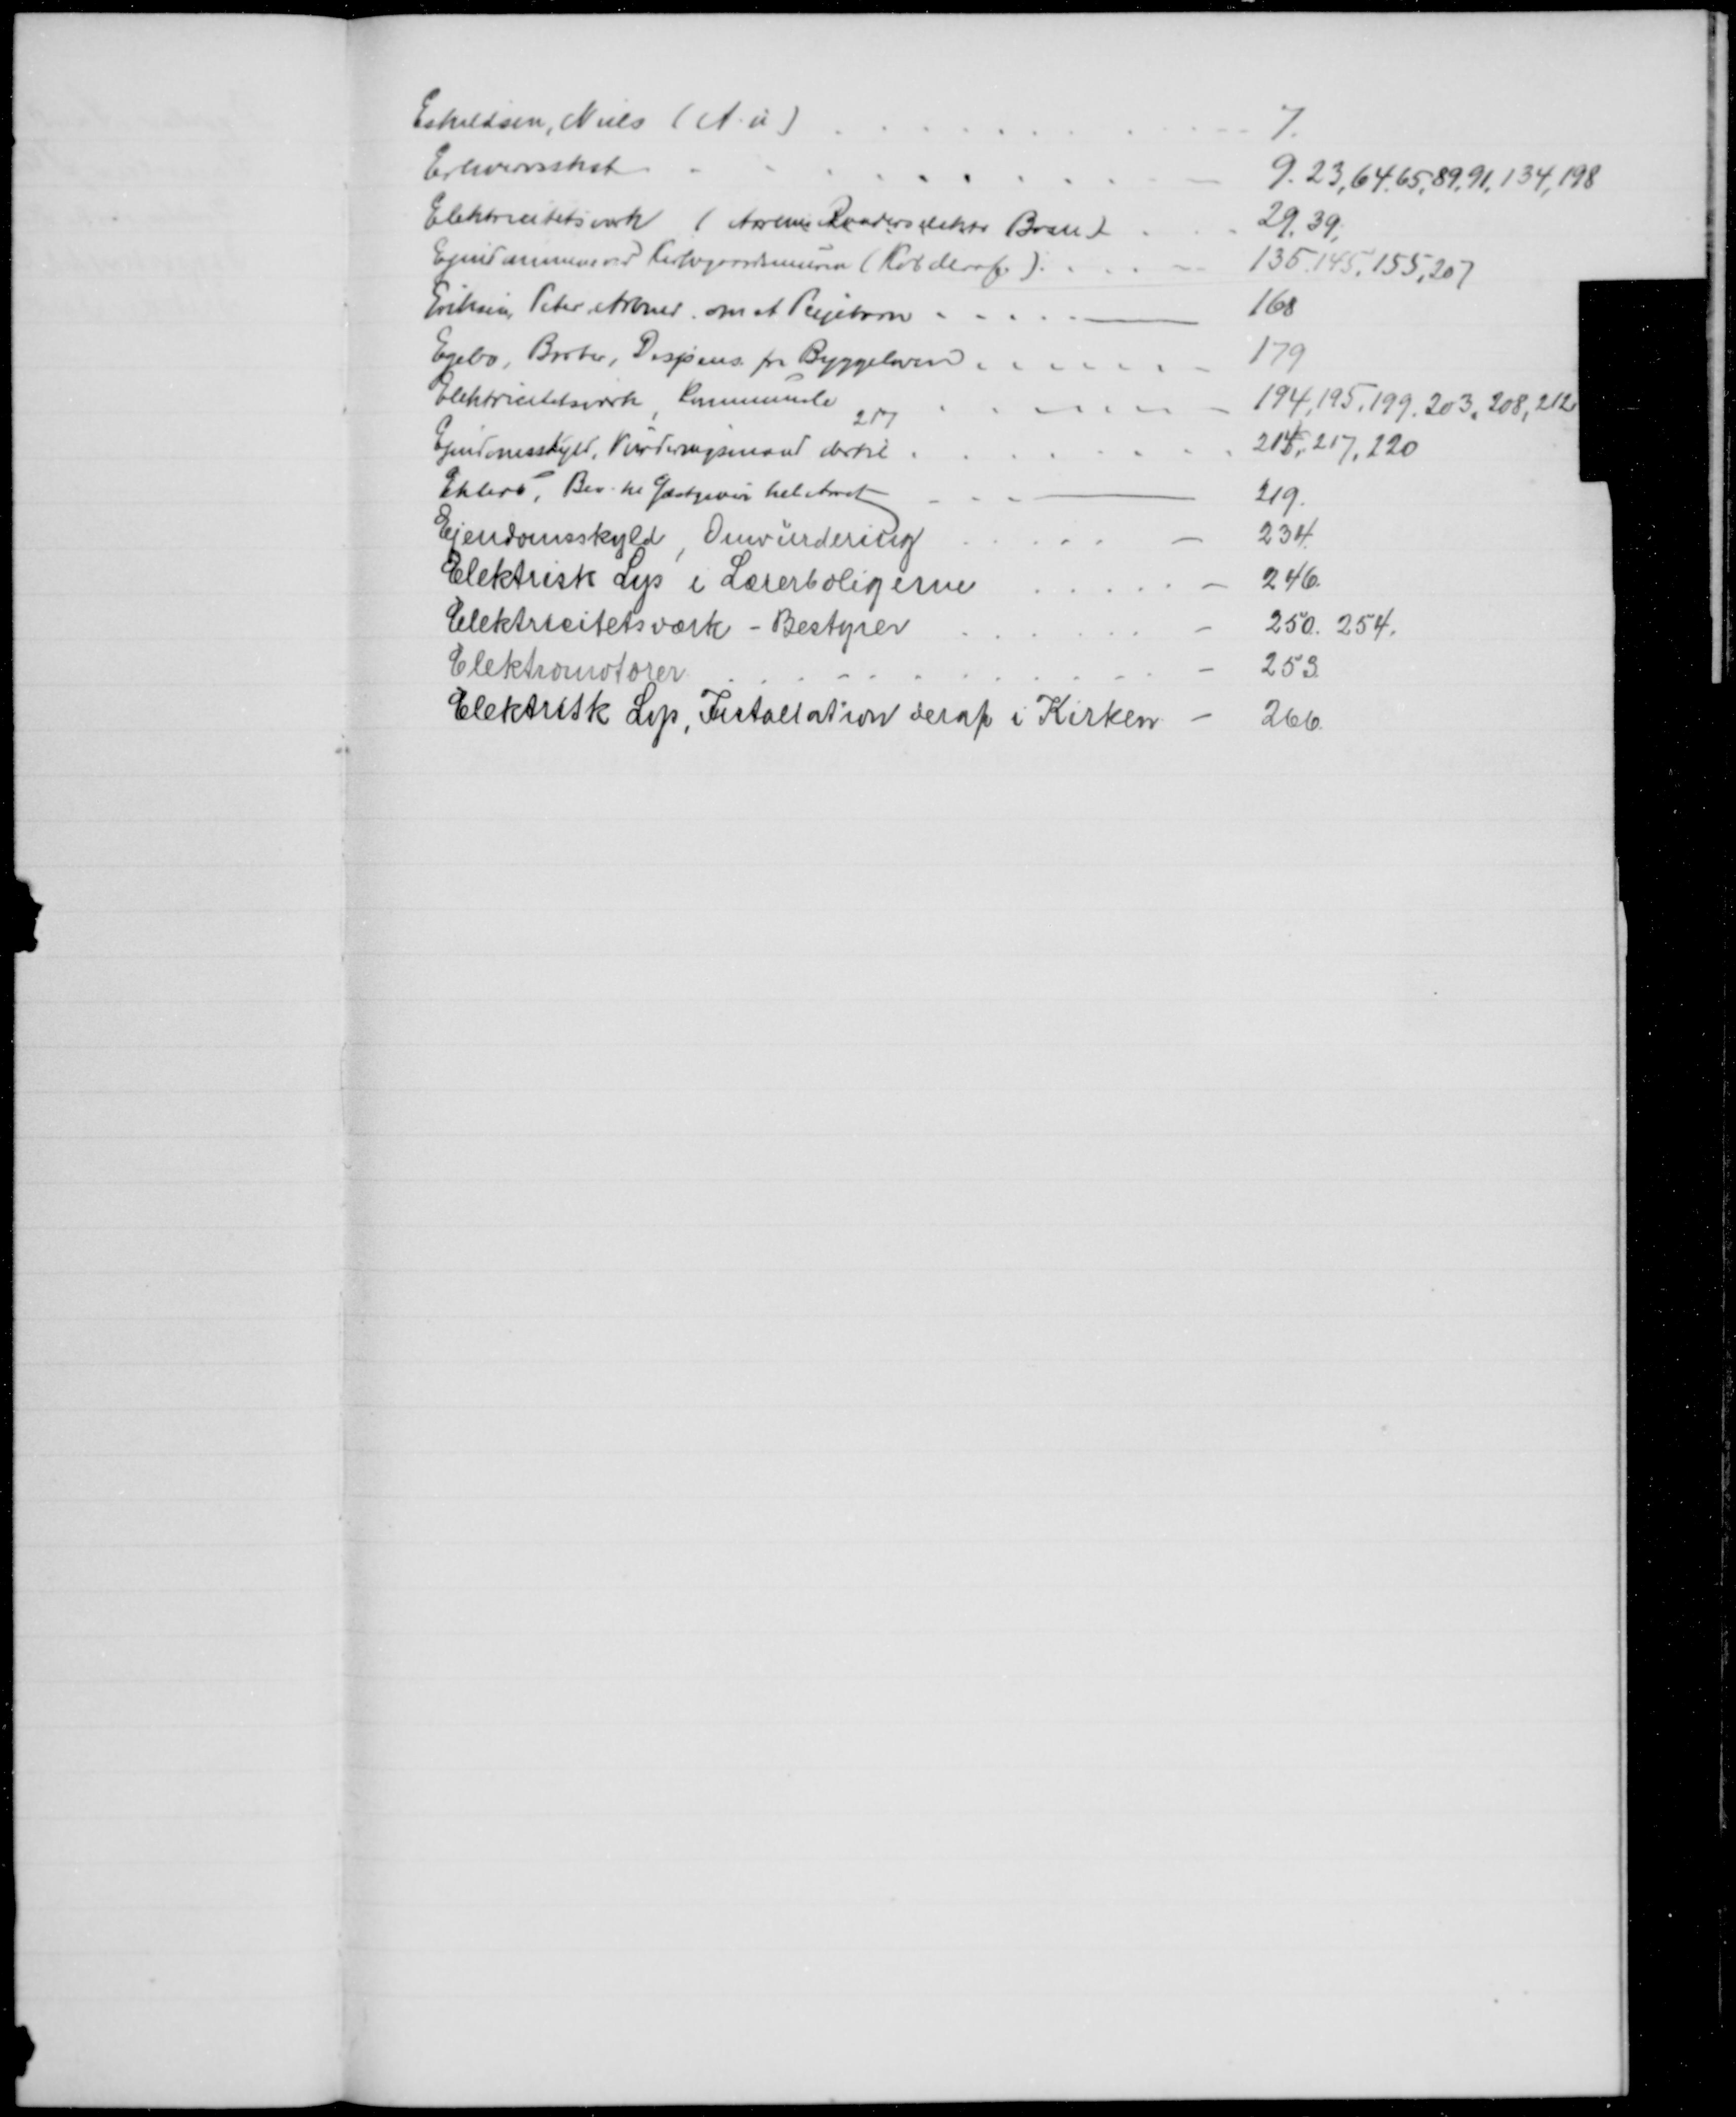
Transskription:
Eskildsen, Niels (A. u)
7.
Erhvervsskat
9. 23, 64, 65, 89, 91,134,198
Elektricitetsværk ( Aarhus Randers elektr Bane)
29,39,
Ejendommene ved Kirkegaardsmuren (Køb deraf)
135,145,155, 207
Eriksen Peter Arbmd, om et Plejebarn.
168
Egebo, Barber, Dispens. fra Byggeloven.
179
Elektricitetsværk, kommunale
194,195,199, 203, 208, 212
217
Ejendomsskyld, Vurderingsmand dertil
214, 217,220
Ehlers. Bev. til Gæstgiveri hel Aaret
219.
Ejendomsskyld, Omvurdering
234.
Elektrisk Lys i Lærerboligerne
246.
Elektricitetsværk - Bestyrer
250. 254.
Elektromotorer
253
Elektrisk Lys, Installation deraf i Kirken
266